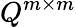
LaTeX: Q^{m\times m}